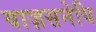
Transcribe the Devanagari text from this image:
वाज़सनेयि